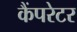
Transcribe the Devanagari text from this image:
कैंपरेटर